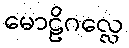
မောဠိဂလ္လေ